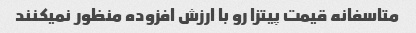
متاسفانه قیمت پیتزا رو با ارزش افزوده منظور نمیکنند